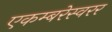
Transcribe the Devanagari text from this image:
एकम्बरेस्वरर